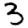
Digit: 3